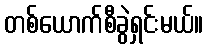
တစ်ယောက်စီခွဲရှင်းမယ်။